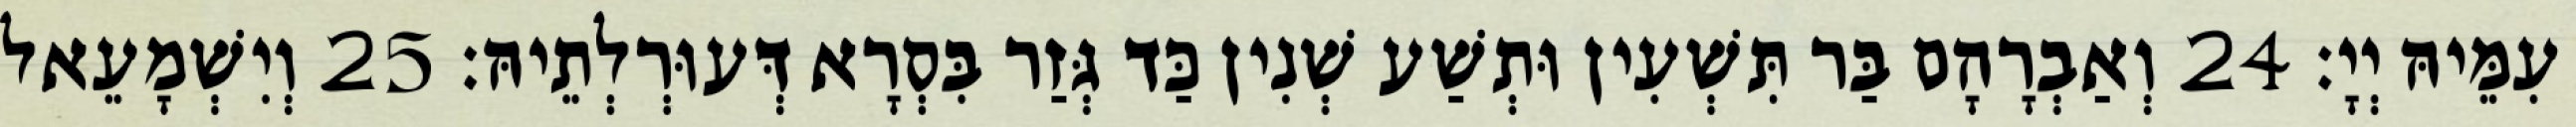
עִמֵּיהּ יְיָ׃ 24 וְאַבְרָהָם בַּר תִּשְׁעִין וּתְשַׁע שְׁנִין כַּד גְּזַר בִּסְרָא דְּעוּרְלְתֵיהּ׃ 25 וְיִשְׁמָעֵאל